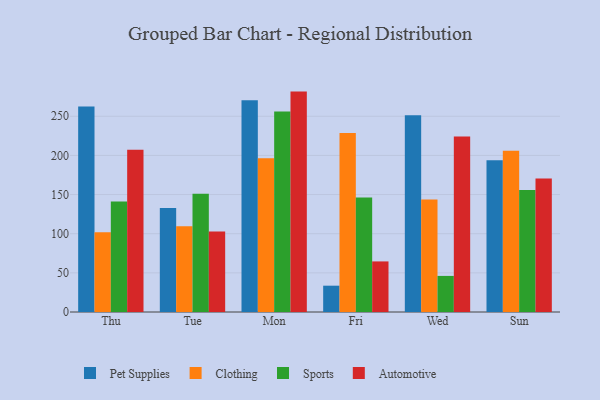
{"axis": {"x": "Day", "y": "Inventory Turnover"}, "legend": ["Automotive", "Clothing", "Pet Supplies", "Sports"], "data": [{"x": "Thu", "y": 262.4, "type": "Pet Supplies"}, {"x": "Thu", "y": 101.7, "type": "Clothing"}, {"x": "Thu", "y": 141.2, "type": "Sports"}, {"x": "Thu", "y": 207.2, "type": "Automotive"}, {"x": "Tue", "y": 132.7, "type": "Pet Supplies"}, {"x": "Tue", "y": 109.6, "type": "Clothing"}, {"x": "Tue", "y": 151.1, "type": "Sports"}, {"x": "Tue", "y": 102.9, "type": "Automotive"}, {"x": "Mon", "y": 270.5, "type": "Pet Supplies"}, {"x": "Mon", "y": 196.3, "type": "Clothing"}, {"x": "Mon", "y": 256.1, "type": "Sports"}, {"x": "Mon", "y": 281.5, "type": "Automotive"}, {"x": "Fri", "y": 33.6, "type": "Pet Supplies"}, {"x": "Fri", "y": 228.6, "type": "Clothing"}, {"x": "Fri", "y": 146.2, "type": "Sports"}, {"x": "Fri", "y": 64.6, "type": "Automotive"}, {"x": "Wed", "y": 251.3, "type": "Pet Supplies"}, {"x": "Wed", "y": 143.7, "type": "Clothing"}, {"x": "Wed", "y": 46.1, "type": "Sports"}, {"x": "Wed", "y": 224.0, "type": "Automotive"}, {"x": "Sun", "y": 193.7, "type": "Pet Supplies"}, {"x": "Sun", "y": 206.1, "type": "Clothing"}, {"x": "Sun", "y": 155.8, "type": "Sports"}, {"x": "Sun", "y": 170.5, "type": "Automotive"}]}